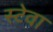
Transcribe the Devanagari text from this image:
स्टेवा